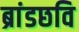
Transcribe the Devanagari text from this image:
ब्रांडछवि